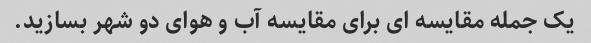
یک جمله مقایسه ای برای مقایسه آب و هوای دو شهر بسازید.